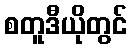
စတူဒီယိုတွင်